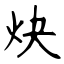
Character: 炔